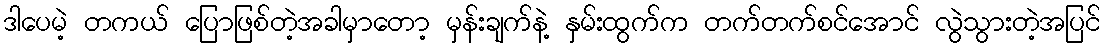
ဒါပေမဲ့ တကယ် ပြောဖြစ်တဲ့အခါမှာတော့ မှန်းချက်နဲ့ နှမ်းထွက်က တက်တက်စင်အောင် လွဲသွားတဲ့အပြင်